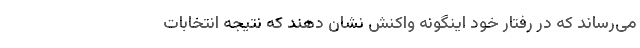
می‌رساند که در رفتار خود اینگونه واکنش نشان دهند که نتیجه انتخابات